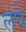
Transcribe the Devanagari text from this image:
लंघे